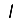
Digit: 1